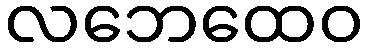
လဘေထေဝ